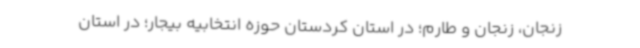
زنجان، زنجان و طارم؛ در استان کردستان حوزه انتخابیه بیجار؛ در استان